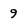
Character: 9